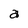
Character: a